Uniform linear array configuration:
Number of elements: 64
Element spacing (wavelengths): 0.5
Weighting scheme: uniform
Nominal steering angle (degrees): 30
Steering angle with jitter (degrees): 31.61
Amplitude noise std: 0.05
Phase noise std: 0.05

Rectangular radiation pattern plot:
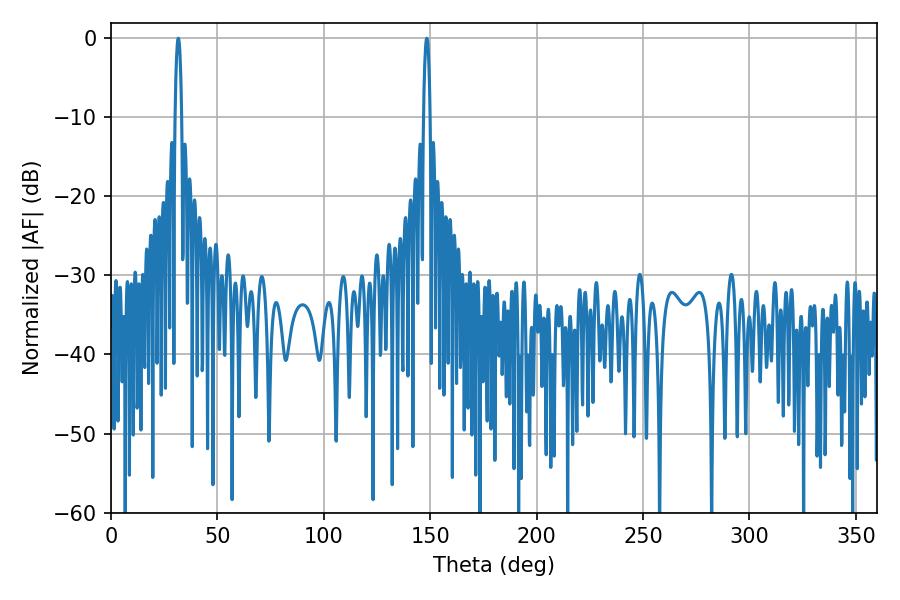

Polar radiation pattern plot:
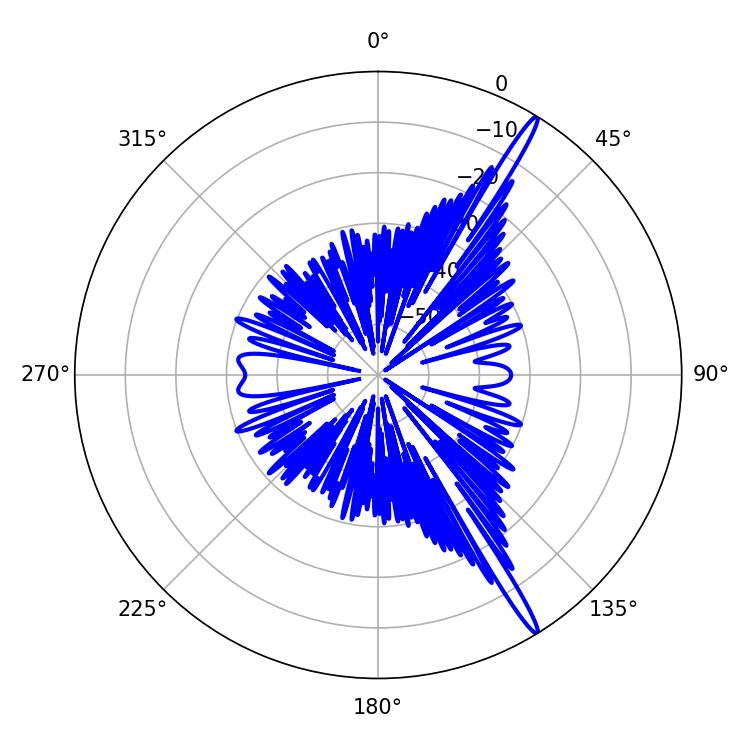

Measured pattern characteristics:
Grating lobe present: FALSE
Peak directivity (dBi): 17.191
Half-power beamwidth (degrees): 1.62
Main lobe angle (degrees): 148.32